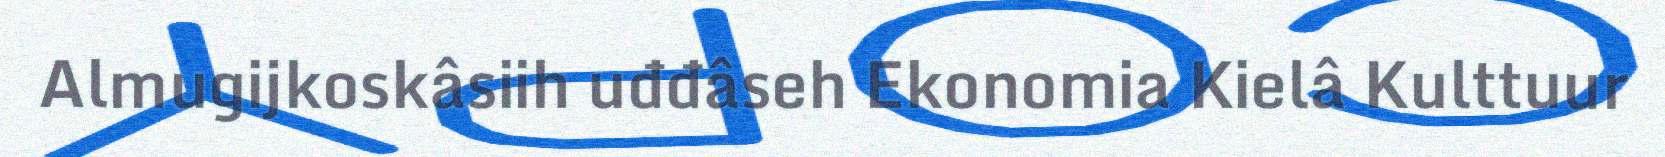
Almugijkoskâsiih uđđâseh Ekonomia Kielâ Kulttuur